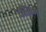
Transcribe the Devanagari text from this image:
कॊल्लम्